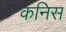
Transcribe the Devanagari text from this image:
कनिस